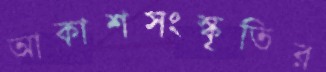
আকাশসংস্কৃতির